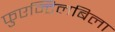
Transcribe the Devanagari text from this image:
फुएन्टिलबिला